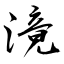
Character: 滰